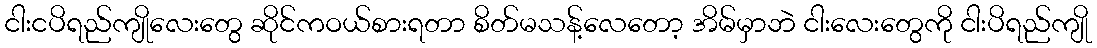
ငါးငပိရည်ကျိုလေးတွေ ဆိုင်ကဝယ်စားရတာ စိတ်မသန့်လေတော့ အိမ်မှာဘဲ ငါးလေးတွေကို ငါးပိရည်ကျို